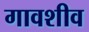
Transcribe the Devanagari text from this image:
गावशीव